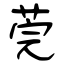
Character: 莞